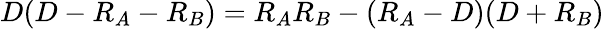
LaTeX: D(D-R_{A}-R_{B})=R_{A}R_{B}-(R_{A}-D)(D+R_{B})